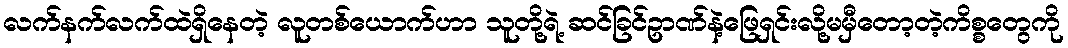
လက်နက်လက်ထဲရှိနေတဲ့ လူတစ်ယောက်ဟာ သူတို့ရဲ့ ဆင်ခြင်ဥာဏ်နဲ့ဖြေရှင်းလို့မမှီတော့တဲ့ကိစ္စတွေကို